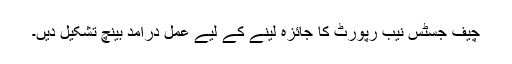
چیف جسٹس نیب رپورٹ کا جائزہ لینے کے لیے عمل درامد بینچ تشکیل دیں۔